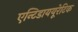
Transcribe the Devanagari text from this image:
एन्टिडाययूरेटिक